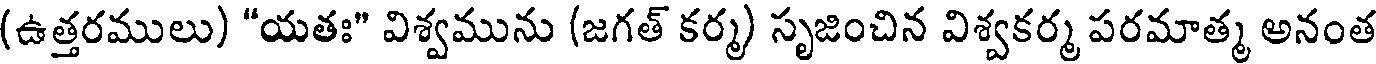
(ఉత్తరములు) "యతః" విశ్వమును (జగత్ కర్మ) సృజించిన విశ్వకర్మ పరమాత్మ అనంత